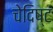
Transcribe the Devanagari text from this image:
चेदिष्टं